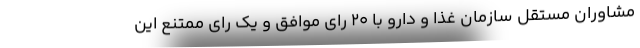
مشاوران مستقل سازمان غذا و دارو با ۲۰ رای موافق و یک رای ممتنع این